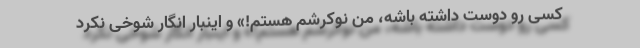
کسی رو دوست داشته باشه، من نوکرشم هستم!» و اینبار انگار شوخی نکرد